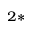
^ { 2 * }